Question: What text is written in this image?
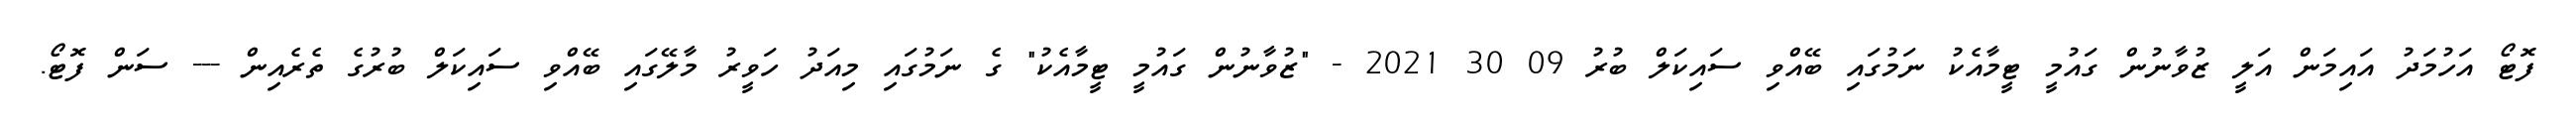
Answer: ފޮޓޯ އަހުމަދު އައިމަން އަލީ ޒުވާނުން ގައުމީ ޓީމާއެކު ނަމުގައި ބޭއްވި ސައިކަލް ބުރު 09 30 2021 - "ޒުވާނުން ގައުމީ ޓީމާއެކު" ގެ ނަމުގައި މިއަދު ހަވީރު މާލޭގައި ބޭއްވި ސައިކަލް ބުރުގެ ތެރެއިން --- ސަން ފޮޓޯ.